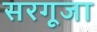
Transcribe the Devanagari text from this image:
सरगूजा